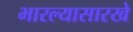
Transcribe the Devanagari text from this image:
भारल्यासारखे